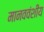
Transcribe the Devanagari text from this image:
मानववंशीय